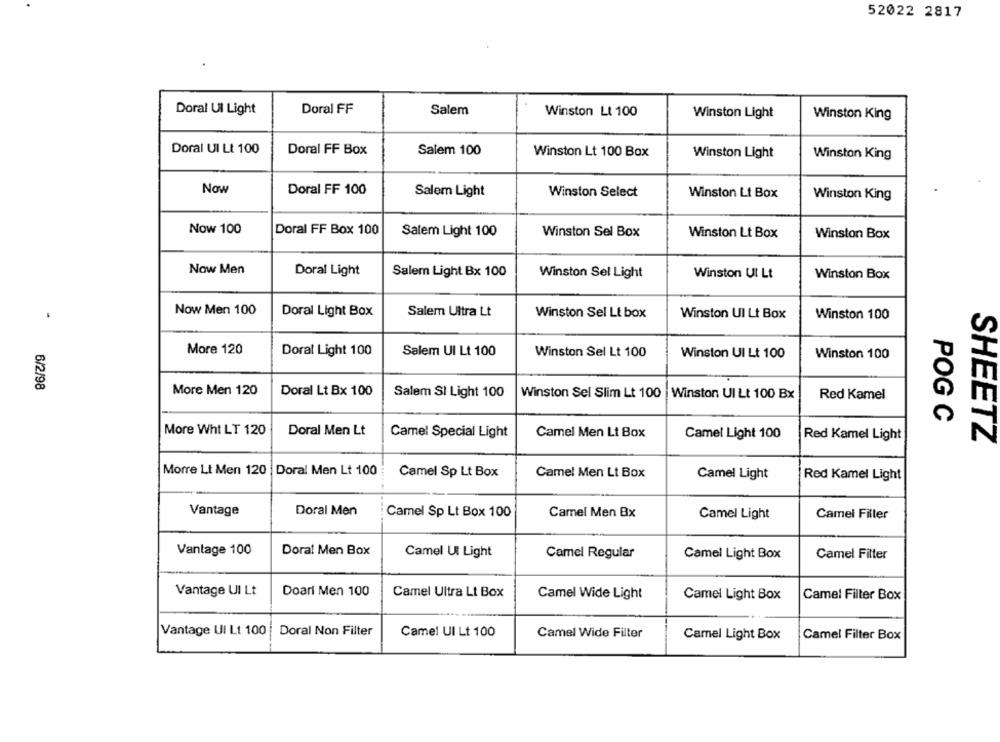
52022 2817
Doral Ul Light
Doral FF
Salem
Winston Lt 100
Winston Light
Winston King
Doral Ul Lt 100
Doral FF Box
Salem 100
Winston Lt 100 Box
Winston Light
Winston King
Now
Doral FF 100
Salem Light
Winston Select
Winston Lt Box
Winston King
Now 100
Doral FF Box 100
Salem Light 100
Winston Sel Box
Winston Lt Box
Winston Box
Now Men
Doral Light
Salem Light Bx 100
Winston Sel Light
Winston Ul Lt
Winston Box
Now Men 100
Doral Light Box
Salem Ultra Lt
Winston Sel Lt box
Winston UI Lt Box
Winston 100
More 120
Doral Light 100
Salem Ul Lt 100
Winston Sel Lt 100
Winston UI Lt 100
Winston 100
6/2/98
More Men 120
Doral Lt Bx 100
Salem SI Light 100
Winston Sel Slim Lt 100
Winston UI Lt 100 Bx
Red Kamel
POG C
More Wht LT 120
Doral Men Lt
Camel Special Light
Camel Men Lt Box
Camel Light 100
Red Kamel Light
SHEETZ
Morre Lt Men 120 Doral Men Lt 100
Camel Sp Lt Box
Camel Men Lt Box
Camel Light
Red Kamel Light
Vantage
Doral Men
Camel Sp Lt Box 100
Camel Men Bx
Camel Light
Camel Filler
Vantage 100
Doral Men Box
Camel Ut Light
Camel Regular
Camel Light Box
Camel Filter
Vantage UI Lt
Doarl Men 100
Camel Ultra Lt Box
Camel Wide Light
Camel Light Box
Camel Filter Box
Vantage UI Lt 100
Doral Non Filter
Camel Ul Lt 100
Camel Wide Filter
Camel Light Box
Camel Filter Box